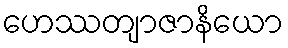
ဟေဿတျာဇာနိယော